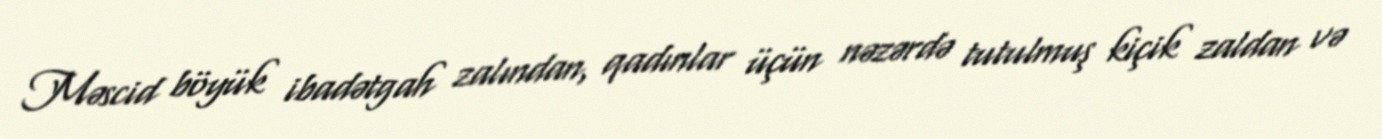
Məscid böyük ibadətgah zalından, qadınlar üçün nəzərdə tutulmuş kiçik zaldan və